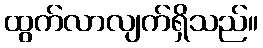
ထွက်လာလျက်ရှိသည်။